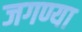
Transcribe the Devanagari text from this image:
जगण्या